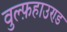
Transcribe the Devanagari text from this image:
वुल्फ़हाउण्ड